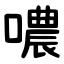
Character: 噥